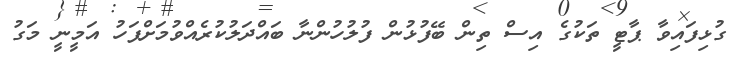
ގުޅިފައިވާ ޕާޓީ ތަކުގެ އިސް ތިން ބޭފުޅުން ފުލުހުންނާ ބައްދަލުކުރެއްވުމަށްފަހު އަމީނީ މަގު